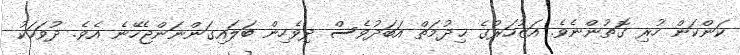
ކަންކަން ހުރި ގޮތުންނެވެ. އަޒުހަރުގެ ޚިދުމަތް އަބަދުވެސް ދިވެހިން ބަލައިގަންނަންޖެހޭނެ އެވެ. ދުވަހަކު